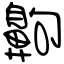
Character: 齁